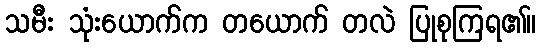
သမီး သုံးယောက်က တယောက် တလဲ ပြုစုကြရ၏။